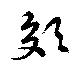
郊